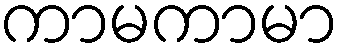
ကာမကာမာ